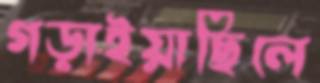
গড়াইয়াছিলে